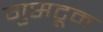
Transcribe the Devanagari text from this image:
गुसटूम